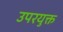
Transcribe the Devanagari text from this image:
उपरयुक्त